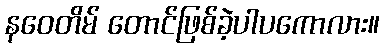
နဝေတိမ် တောင်ဖြစ်ခဲ့ပါပကောလား။